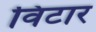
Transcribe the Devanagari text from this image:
विटार